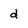
Character: d